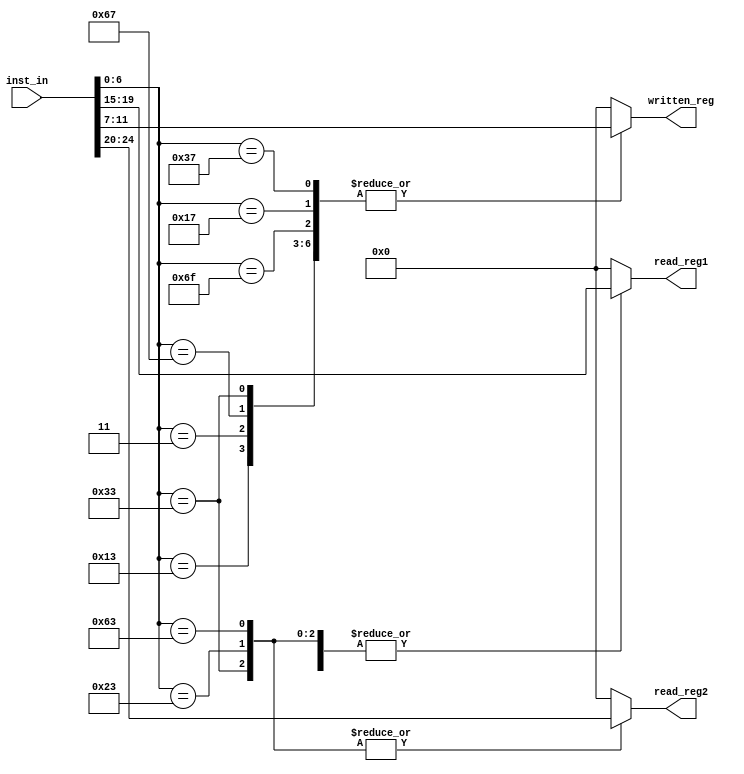
`timescale 1ps / 1ps
//////////////////////////////////////////////////////////////////////////////////
// Company: 
// Engineer: 
// 
// Design Name: 
// Module Name: get_rw_regs
// Project Name: 
// Target Devices: 
// Tool Versions: 
// Description: 
// 
// Dependencies: 
// 
// Revision:
// Revision 0.01 - File Created
// Additional Comments:
// 
//////////////////////////////////////////////////////////////////////////////////


module get_rw_regs(
        input [31:0] inst_in,
        output reg [4:0] written_reg,
        output reg [4:0] read_reg1,
        output reg [4:0] read_reg2
    );
    always @ (*) begin
        written_reg = 5'b00000;
        read_reg1 = 5'b00000;
        read_reg2 = 5'b00000;
        case (inst_in[6:0]) 
            7'b0110111, 7'b0010111, 7'b1101111: begin // LUI, AUIPC, JAL
                written_reg = inst_in[11:7];
            end
            // JALR
            // L
            // I
            7'b1100111,
            7'b0000011,
            7'b0010011: begin
                written_reg = inst_in[11:7];
                read_reg1 = inst_in[19:15];
            end
            // BEQ, BNE, BLT, BGE, BLTU, BGEU
            // SB, SH, SW
            7'b1100011,
            7'b0100011: begin 
                read_reg1 = inst_in[19:15];
                read_reg2 = inst_in[24:20];
            end
            7'b0110011: begin // R
                written_reg = inst_in[11:7];
                read_reg1 = inst_in[19:15];
                read_reg2 = inst_in[24:20];
            end
        endcase
    end
endmodule